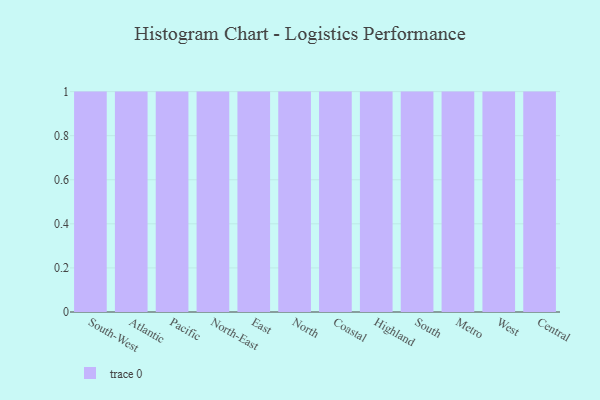
{"axis": {"x": "Region", "y": "Headcount"}, "legend": [""], "data": [{"x": "South-West", "y": 26, "type": ""}, {"x": "Atlantic", "y": 80, "type": ""}, {"x": "Pacific", "y": 10, "type": ""}, {"x": "North-East", "y": 55, "type": ""}, {"x": "East", "y": 44, "type": ""}, {"x": "North", "y": 25, "type": ""}, {"x": "Coastal", "y": 57, "type": ""}, {"x": "Highland", "y": 72, "type": ""}, {"x": "South", "y": 52, "type": ""}, {"x": "Metro", "y": 12, "type": ""}, {"x": "West", "y": 98, "type": ""}, {"x": "Central", "y": 24, "type": ""}]}